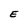
Character: E